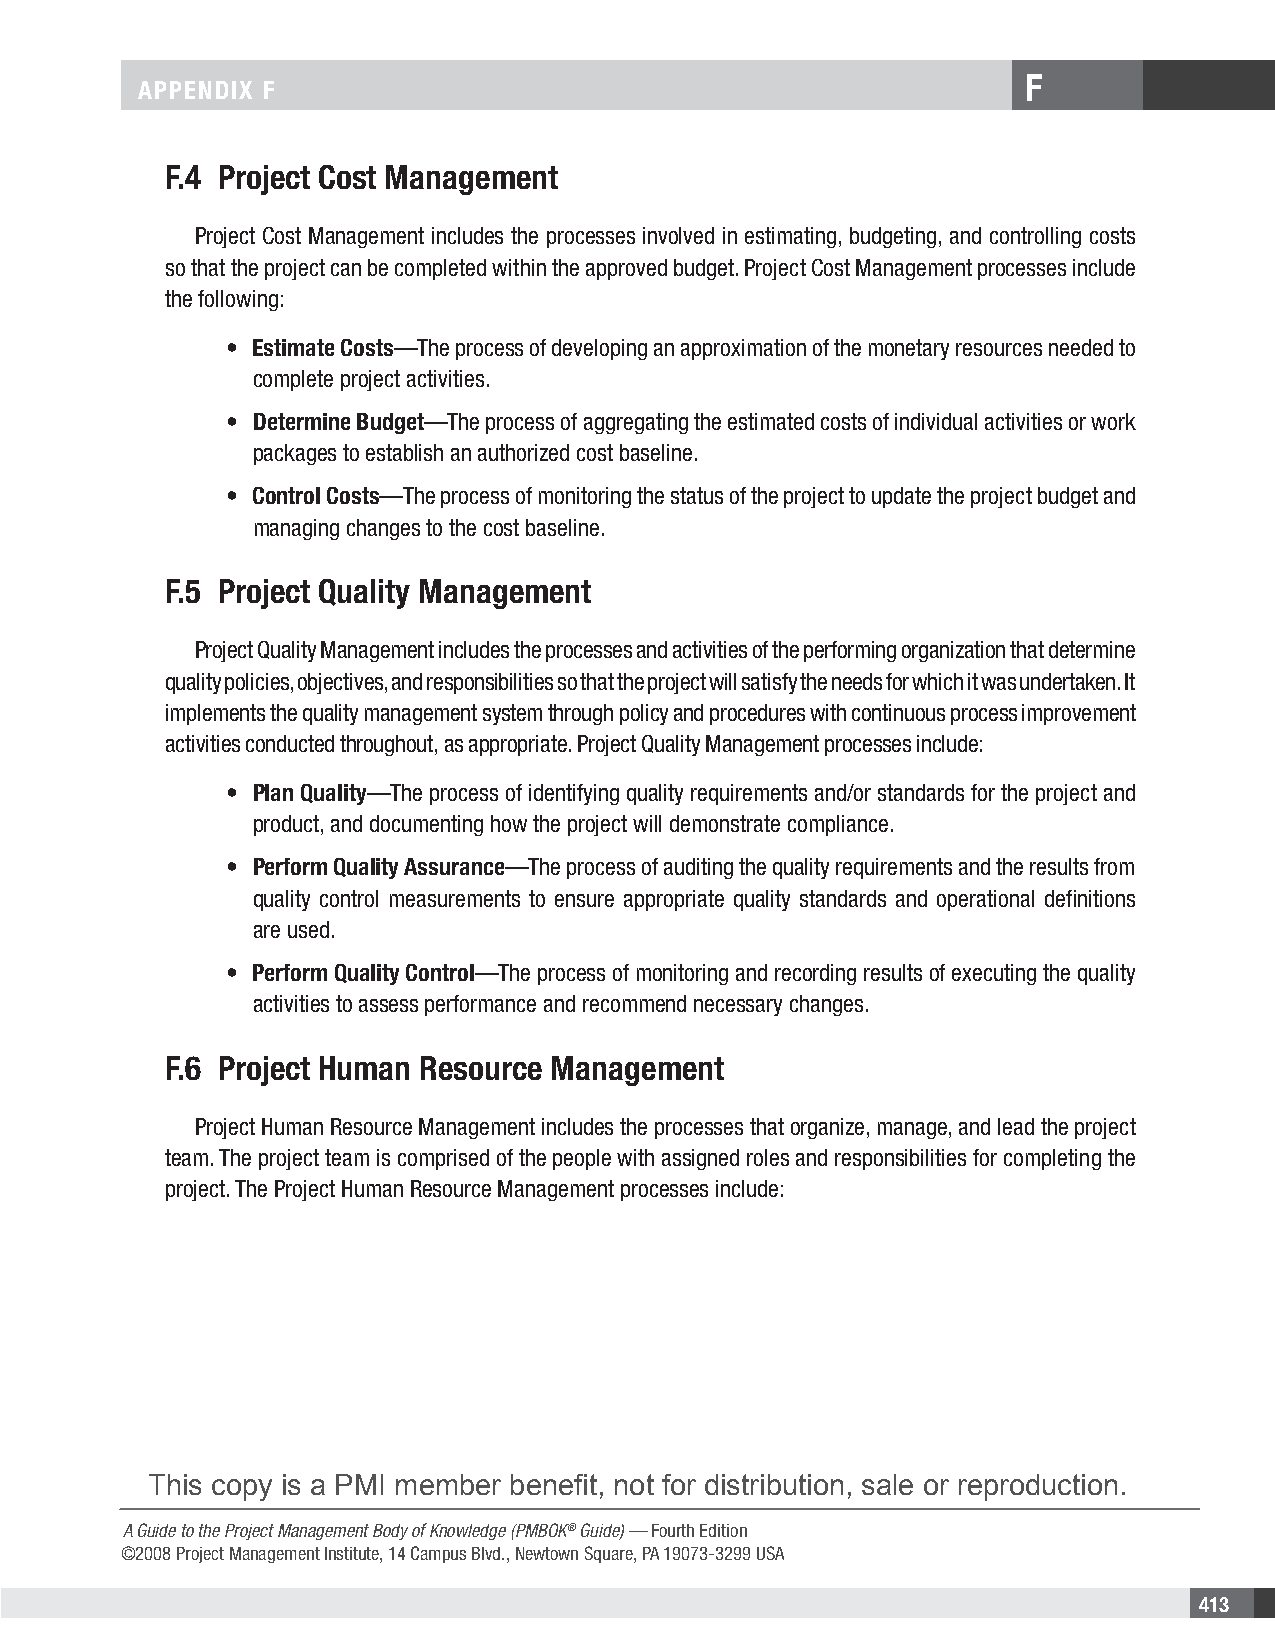
F
 APPENDIX F
 F.4 Project Cost Management
 Project Cost Management includes the processes involved in estimating, budgeting, and controlling costs
 so that the project can be completed within the approved budget. Project Cost Management processes include
 the following:
 • Estimate Costs—The process of developing an approximation of the monetary resources needed to
 complete project activities.
 • Determine Budget—The process of aggregating the estimated costs of individual activities or work
 packages to establish an authorized cost baseline.
 • Control Costs—The process of monitoring the status of the project to update the project budget and
 managing changes to the cost baseline.
 F.5 Project Quality Management
 Project Quality Management includes the processes and activities of the performing organization that determine
 quality policies, objectives, and responsibilities so that the project will satisfy the needs for which it was undertaken. It
 implements the quality management system through policy and procedures with continuous process improvement
 activities conducted throughout, as appropriate. Project Quality Management processes include:
 • Plan Quality—The process of identifying quality requirements and/or standards for the project and
 product, and documenting how the project will demonstrate compliance.
 • Perform Quality Assurance—The process of auditing the quality requirements and the results from
 quality control measurements to ensure appropriate quality standards and operational definitions
 are used.
 • Perform Quality Control—The process of monitoring and recording results of executing the quality
 activities to assess performance and recommend necessary changes.
 F.6 Project Human Resource Management
 Project Human Resource Management includes the processes that organize, manage, and lead the project
 team. The project team is comprised of the people with assigned roles and responsibilities for completing the
 project. The Project Human Resource Management processes include:
 This copy is a PMI member benefit, not for distribution, sale or reproduction.
 A Guide to the Project Management Body of Knowledge (PMBOK® Guide) — Fourth Edition
 ©2008 Project Management Institute, 14 Campus Blvd., Newtown Square, PA 19073-3299 USA
 413